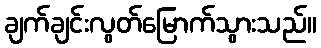
ချက်ချင်းလွတ်မြောက်သွားသည်။